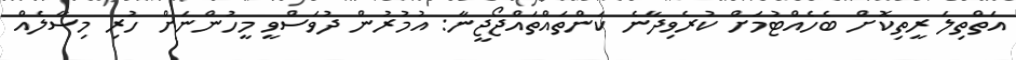
އަތްތިލަ ރީތިކޮށް ބެހެއްޓުމަށް ކުރެވިދާނެ ކަންތައްތައްޖޯޖީނާ: އުމުރުން ދުވަސްވީ މީހުންނަށް ހުރި މިސާލެއް